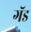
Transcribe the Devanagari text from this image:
गॅड